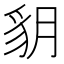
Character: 𧲩